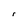
Character: r